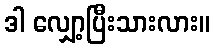
ဒါ လျှော့ပြီးသားလား။